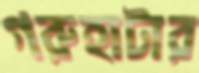
গরুহাটার